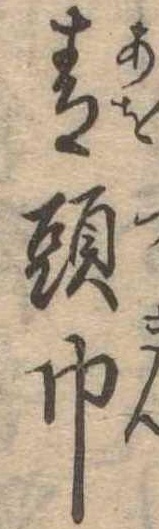
青頭巾